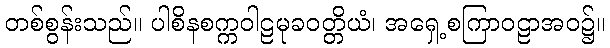
တစ်စွန်းသည်။ ပါစိနစက္ကဝါဠမုခဝတ္တိယံ၊ အရှေ့စကြာဝဠာအဝ၌။